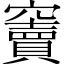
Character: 竇